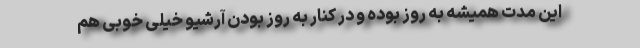
این مدت همیشه به روز بوده و در کنار به روز بودن آرشیو خیلی خوبی هم